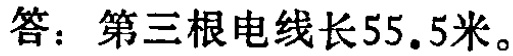
答：第三根电线长\(55.5\)米。